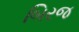
બિરજ